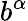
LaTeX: b^{\alpha}